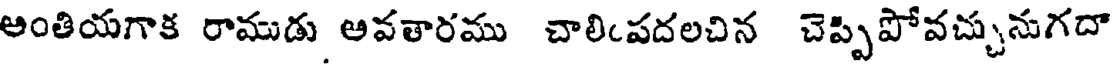
అంతియగాక రాముడు అవతారము చాలింపదలచిన చెప్పిపోవచ్చునుగదా